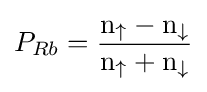
{P_{Rb}}={{\mathrm {n} _{\uparrow }-\mathrm {n} _{\downarrow }} \over {\mathrm {n} _{\uparrow }+\mathrm {n} _{\downarrow }}}